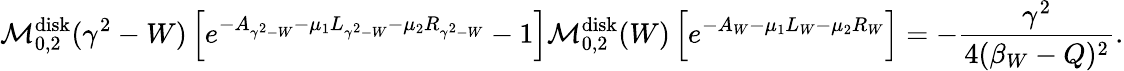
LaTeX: \mathcal M_{0,2}^{\mathrm{disk}}(\gamma^{2}-W)\left[e^{-A_{\gamma^{2}-W}-\mu_{1}L_{\gamma^{2}-W}-\mu_{2}R_{\gamma^{2}-W}}-1\right]\mathcal M_{0,2}^{\mathrm{disk}}(W)\left[e^{-A_{W}-\mu_{1}L_{W}-\mu_{2}R_{W}}\right]=-\frac{\gamma^{2}}{4(\beta_{W}-Q)^{2}}.